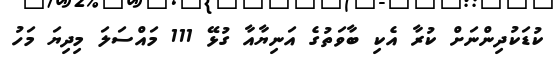
ކުޑަކުދިންނަށް ކުރާ އެކި ބާވަތުގެ އަނިޔާއާ ގުޅޭ 111 މައްސަލަ މިދިޔަ މަހު